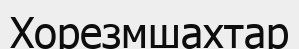
Хорезмшахтар